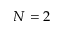
N = 2